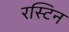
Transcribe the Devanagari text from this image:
रस्टिन